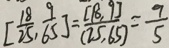
[ \frac { 1 8 } { 2 5 } , \frac { 9 } { 6 5 } ] = \frac { [ 1 8 , 9 ] } { ( 2 5 , 6 5 ) } = \frac { 9 } { 5 }